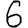
Digit: 6